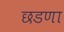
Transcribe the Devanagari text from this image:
छडणा